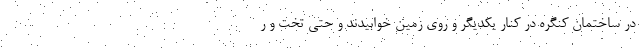
در ساختمان کنگره در کنار یکدیگر و روی زمین خوابیدند و حتی تخت و ر